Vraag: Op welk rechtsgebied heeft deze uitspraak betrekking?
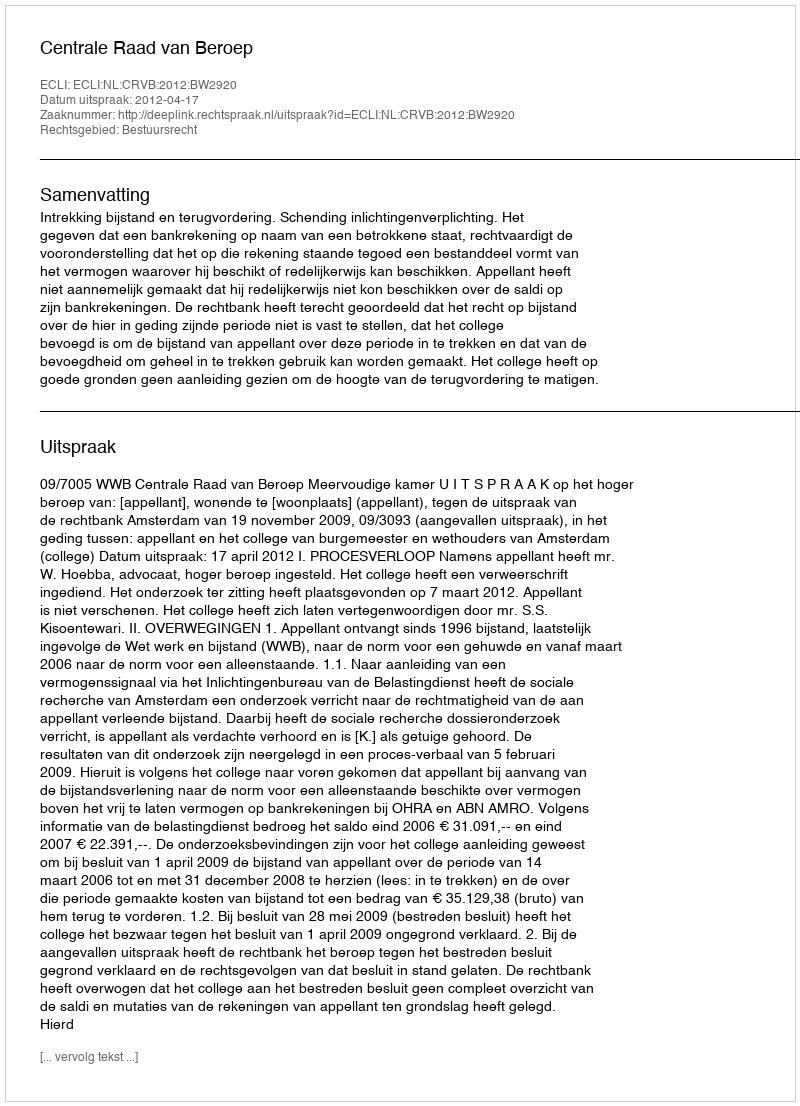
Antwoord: Bestuursrecht